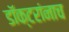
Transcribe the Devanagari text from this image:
डॉक्टरांनाच